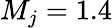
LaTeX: M_{j}=1.4